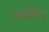
બહામસ